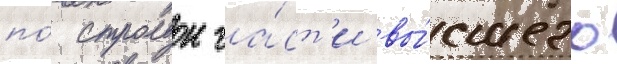
по́ строевои ча́ст'и вы́сшего